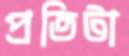
প্রতিটা